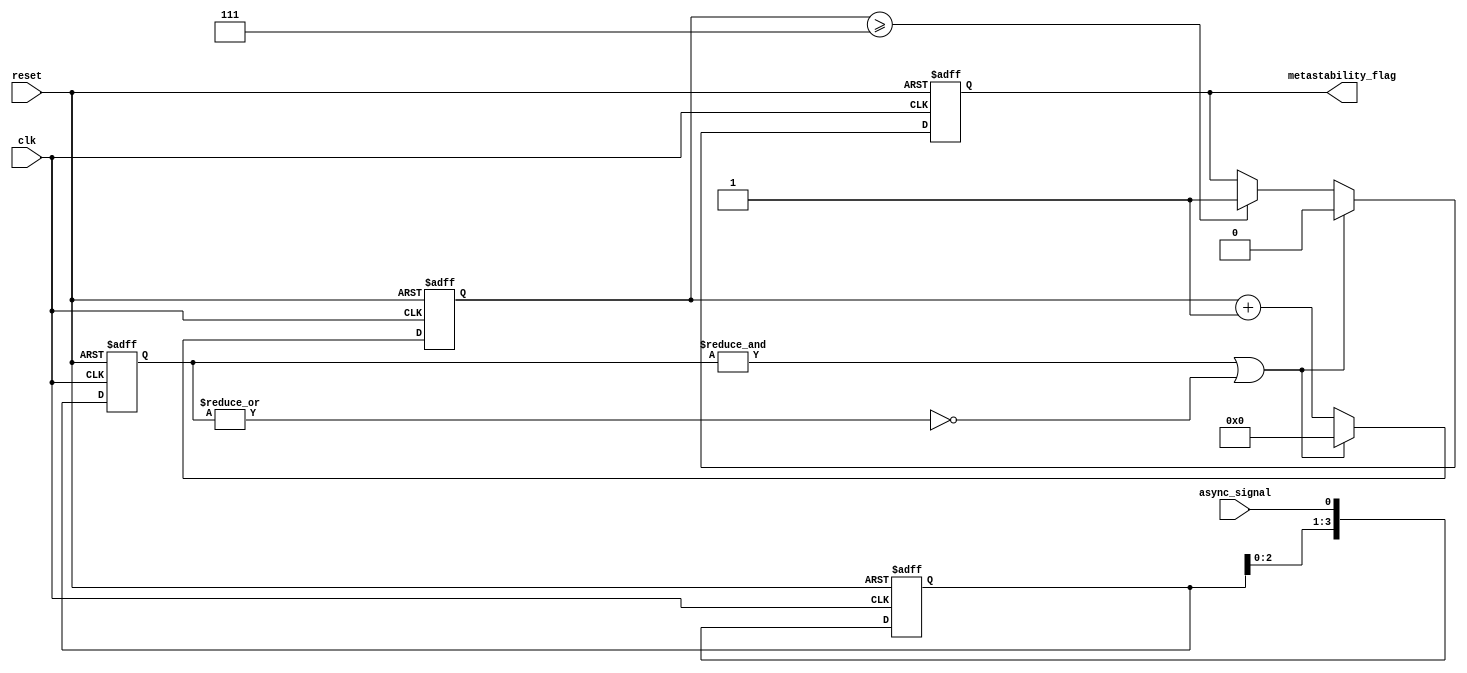
module metastability_detector (
    input wire clk,                // Stable clock signal
    input wire async_signal,       // Potentially metastable input signal
    input wire reset,              // Asynchronous reset signal
    output reg metastability_flag   // Indicator for metastability
);

// Parameter configuration
parameter CYCLE_THRESHOLD = 4;   // Number of cycles to detect metastability
parameter STABLE_TIME = 7;        // Time to hold before reset flag

// Internal signals
reg [CYCLE_THRESHOLD-1:0] latch1_output;    // Output of Latch1
reg [CYCLE_THRESHOLD-1:0] latch2_output;    // Output of Latch2
reg [3:0] counter;                        // Counter for stability checks

// State signals
reg unstable;  // To keep track if the output has been unstable

// Latch1 implementation
always @(posedge clk or posedge reset) begin
    if (reset) begin
        latch1_output <= 0;
    end else begin
        latch1_output <= {latch1_output[CYCLE_THRESHOLD-2:0], async_signal};
    end
end

// Latch2 implementation
always @(posedge clk or posedge reset) begin
    if (reset) begin
        latch2_output <= 0;
        counter <= 0;
        metastability_flag <= 0;
    end else begin
        latch2_output <= latch1_output;

        // Check for stability in Latch2 output
        if (&latch2_output || ~|latch2_output) begin
            // Latch2 output is stable
            counter <= 0;
            metastability_flag <= 0;  // Clear metastability flag
        end else begin
            // Latch2 output is unstable
            counter <= counter + 1;
            if (counter >= STABLE_TIME) begin
                metastability_flag <= 1;  // Set flag on disturbance
            end
        end
    end
end

endmodule